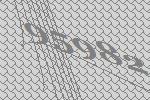
95982